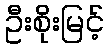
ဦးစိုးမြင့်